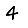
Digit: 4